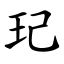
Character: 玘